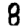
Digit: 8